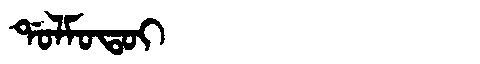
Manchu: ᡩᠣᠯᠮᠣᡨᠣᡳ
Romanization: DOLMOTOI